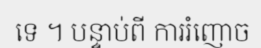
ទេ ។ បន្ទាប់ពី ការរំញោច